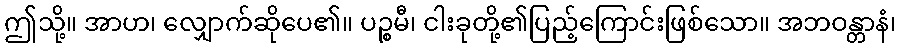
ဤသို့။ အာဟ၊ လျှောက်ဆိုပေ၏။ ပဉ္စမီ၊ ငါးခုတို့၏ပြည့်ကြောင်းဖြစ်သော။ အဘဝန္တာနံ၊